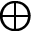
\oplus